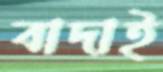
বাদাই